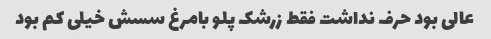
عالی بود حرف نداشت فقط زرشک پلو بامرغ سسش خیلی کم بود